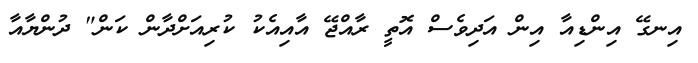
އިނގޭ އިންޑިއާ އިން އަދިވެސް އޮތީ ރާއްޖޭ އާއިއެކު ކުރިއަށްދާން ކަން" ދުންޔާއާ